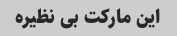
این مارکت بی نظیره